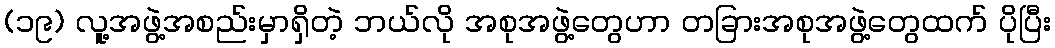
(၁၉) လူ့အဖွဲ့အစည်းမှာရှိတဲ့ ဘယ်လို အစုအဖွဲ့တွေဟာ တခြားအစုအဖွဲ့တွေထက် ပိုပြီး